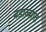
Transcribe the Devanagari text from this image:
बंडाळ्यांत